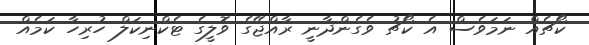
ކޯޗެއް ނަމަވެސް އެ ކޯޗު ވެގެންދާނީ ރާއްޖޭގެ ވޮލީގެ ޓެކްނިކަލް ހުރިހާ ކަމެއް